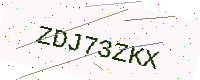
Text: ZDJ73ZKX